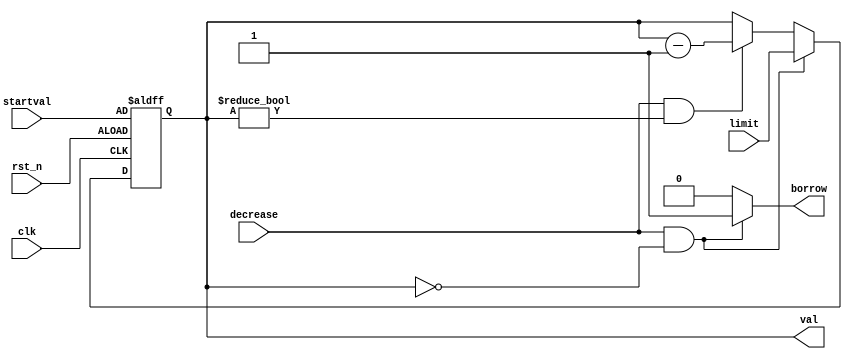
`timescale 1ns / 1ps
//////////////////////////////////////////////////////////////////////////////////
// Company: 
// Engineer: 
// 
// Design Name: 
// Module Name: downcnt
// Project Name: 
// Target Devices: 
// Tool Versions: 
// Description: 
// 
// Dependencies: 
// 
// Revision:
// Revision 0.01 - File Created
// Additional Comments:
// 
//////////////////////////////////////////////////////////////////////////////////


module downcnt(
    val,//counter output
    borrow,
    decrease,
    limit,
    startval,
    clk,
    rst_n
    );
    output reg [3:0]val;
    output reg borrow;
    input [3:0]startval;
    input decrease;
    input [3:0]limit;
    input clk;
    input rst_n;
    reg [3:0]val_tmp;
    
    always@*
    if (decrease && val== 4'd0) begin
        val_tmp = limit;
        borrow = 1;
        end
    else if (decrease && val!=4'd0) begin
        val_tmp = val-1;
        borrow = 0;
        end
    else begin
        val_tmp = val;
        borrow = 0;
        end
    
    always@(posedge clk or negedge rst_n)
    if (~rst_n) val <= startval;
    else val <= val_tmp;
endmodule